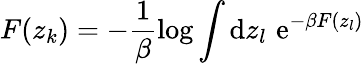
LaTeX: F(z_{k})=-\frac{1}{\beta}\log\int\mathrm{d}z_{l}\, \operatorname{e}^{-\beta F(z_{l})}